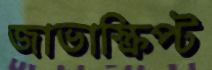
জাভাস্ক্রিপ্ট